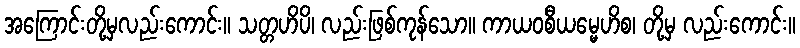
အကြောင်းတို့မှလည်းကောင်း။ သတ္တဟိပိ၊ လည်းဖြစ်ကုန်သော။ ကာယဝစီယမ္မေဟိစ၊ တို့မှ လည်းကောင်း။